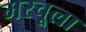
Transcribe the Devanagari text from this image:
मरचूला